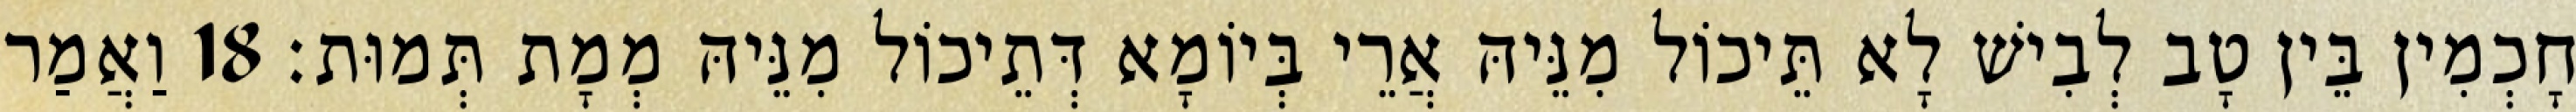
חָכְמִין בֵּין טָב לְבִישׁ לָא תֵּיכוֹל מִנֵּיהּ אֲרֵי בְּיוֹמָא דְּתֵיכוֹל מִנֵּיהּ מְמָת תְּמוּת׃ 18 וַאֲמַר